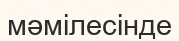
мәмілесінде